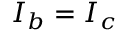
I _ { b } = I _ { c }